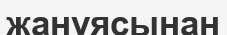
жанұясынан